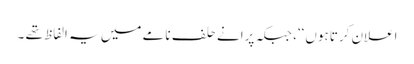
اعلان کرتا ہوں‘‘، جبکہ پرانے حلف نامے میں یہ الفاظ تھے ۔